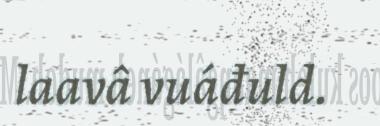
laavâ vuáđuld.